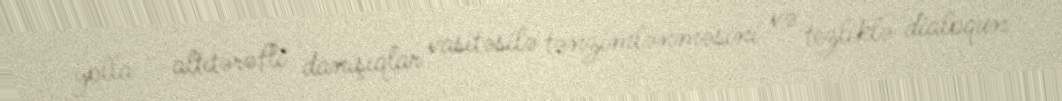
yolla - altıtərəfli danışıqlar vasitəsilə tənzimlənməsini və tezliklə dialoqun